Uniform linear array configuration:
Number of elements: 16
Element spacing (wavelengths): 0.75
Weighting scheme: cosine
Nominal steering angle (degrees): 30
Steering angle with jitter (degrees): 30.188
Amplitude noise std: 0.05
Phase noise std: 0.05

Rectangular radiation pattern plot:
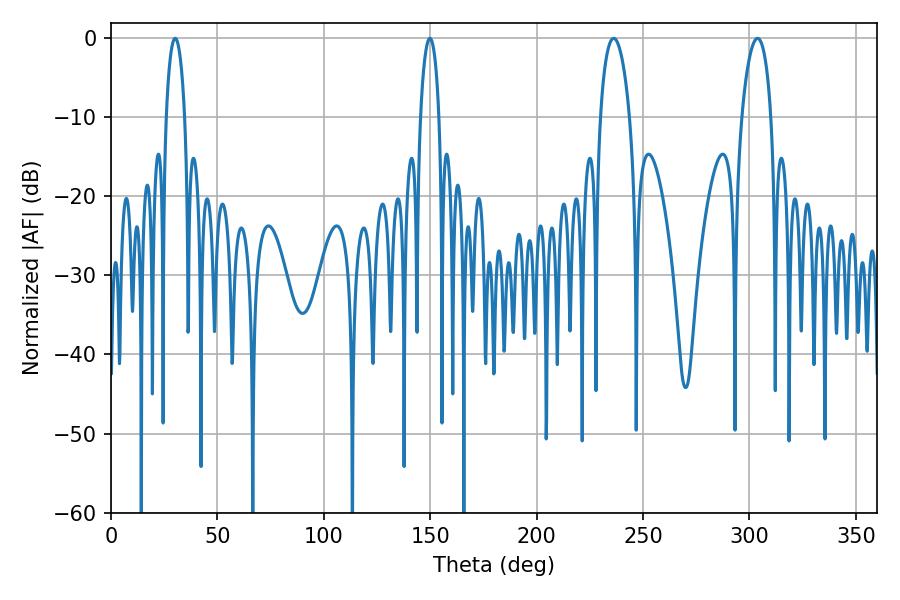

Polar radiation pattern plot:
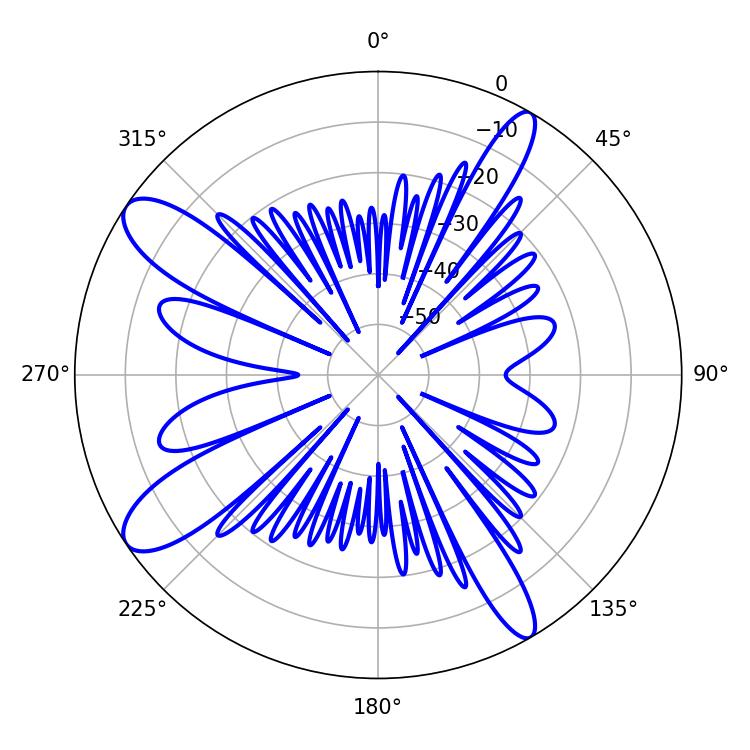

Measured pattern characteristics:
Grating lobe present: TRUE
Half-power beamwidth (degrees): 7.74
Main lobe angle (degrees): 236.16